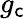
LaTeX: g_{\mathsf{c}}